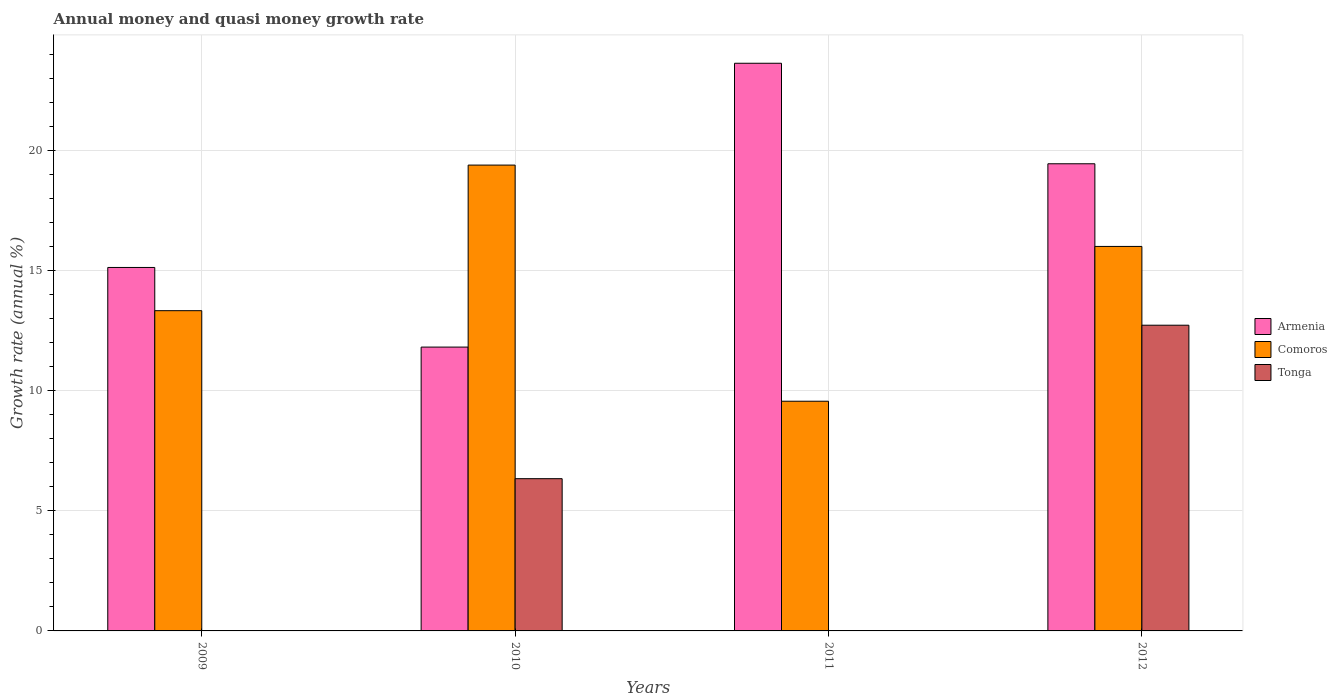
| Years | Armenia | Comoros | Tonga |
 | --- | --- | --- | --- |
 | 2009 | 15.1 | 13.3 | -2.4 |
 | 2010 | 11.8 | 19.4 | 6.34 |
 | 2011 | 23.7 | 9.57 | -1.54 |
 | 2012 | 19.5 | 16 | 12.7 |